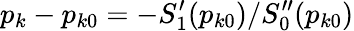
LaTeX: p_{k}-p_{k0}=-S_{1}^{\prime}(p_{k0})/S_{0}^{\prime\prime}(p_{k0})